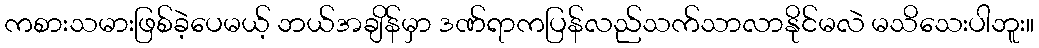
ကစားသမားဖြစ်ခဲ့ပေမယ့် ဘယ်အချိန်မှာ ဒဏ်ရာကပြန်လည်သက်သာလာနိုင်မလဲ မသိသေးပါဘူး။